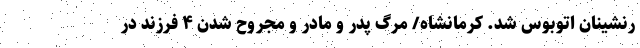
رنشینان اتوبوس شد. کرمانشاه/ مرگ پدر و مادر و مجروح شدن ۴ فرزند در